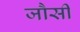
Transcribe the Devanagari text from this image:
जौसी